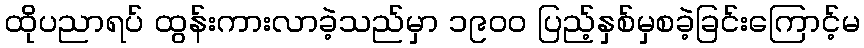
ထိုပညာရပ် ထွန်းကားလာခဲ့သည်မှာ ၁၉၀၀ ပြည့်နှစ်မှစခဲ့ခြင်းကြောင့်မ